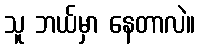
သူ ဘယ်မှာ နေတာလဲ။